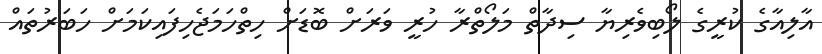
އާލިއާގެ ކުރީގެ ލޯބިވެރިޔާ ސިދާތް މަލޯތްރާ ހުރީ ވަރަށް ބޮޑަށް ހިތްހަމަޖެހިފައިކަމަށް ހަބަރުތައް